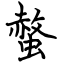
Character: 螫